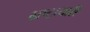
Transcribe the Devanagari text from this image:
भ्रष्ट्राचारी